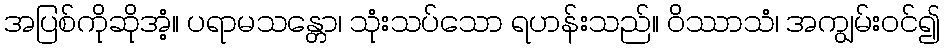
အပြစ်ကိုဆိုအံ့။ ပရာမသန္တော၊ သုံးသပ်သော ရဟန်းသည်။ ဝိဿာသံ၊ အကျွမ်းဝင်၍